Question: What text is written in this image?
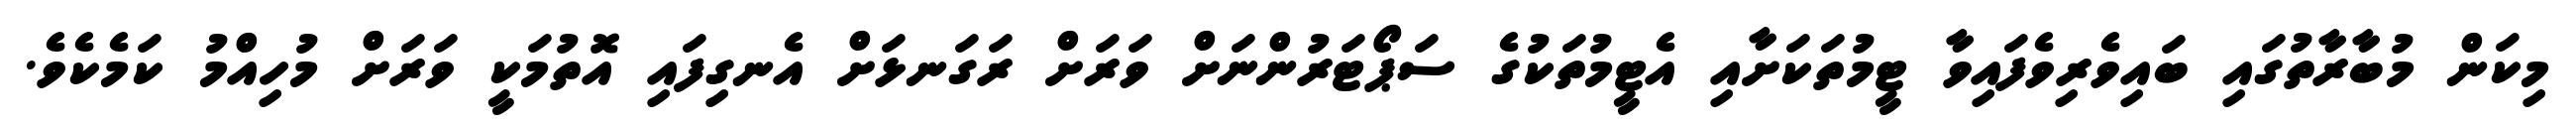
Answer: މިކަން މުބާރާތުގައި ބައިވެރިވެފައިވާ ޓީމުތަކަށާއި އެޓީމުތަކުގެ ސަޕޯޓަރުންނަށް ވަރަށް ރަގަނޅަށް އެނގިފައި އޮތުމަކީ ވަރަށް މުހިއްމު ކަމެކެވެ.